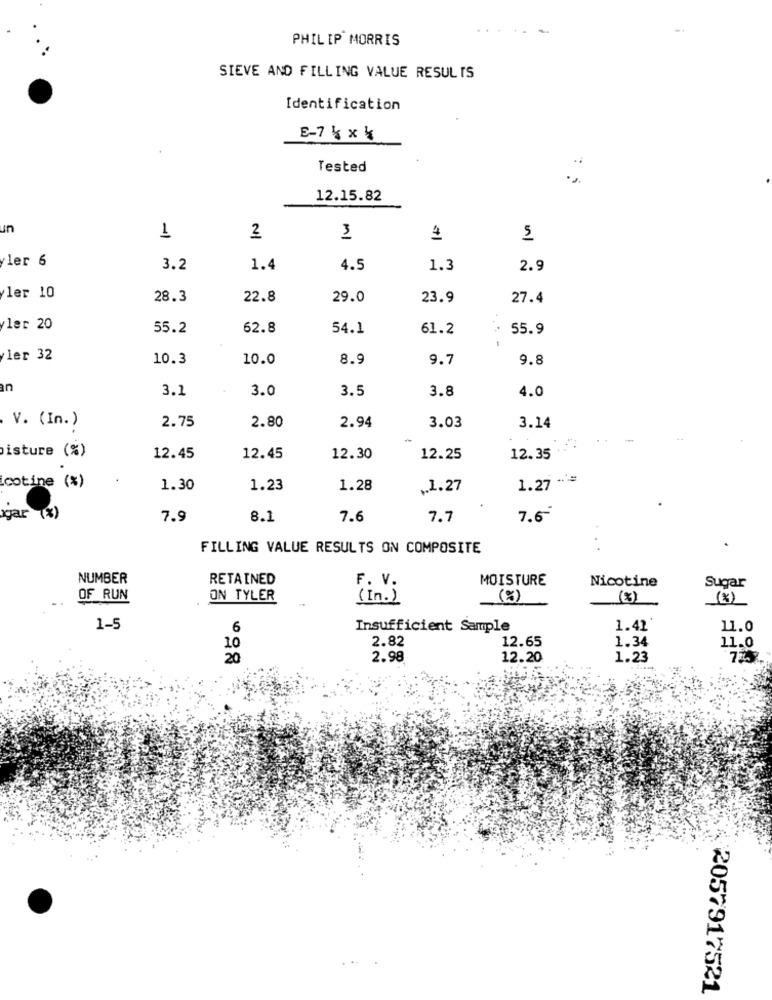
PHILIP MORRIS
SIEVE AND FILLING VALUE RESULTS
Identification
E-7 k x k
Tested
12.15.82
un
1
2
3
5
yler 6
3.2
1.4
4.5
1.3
2.9
yler 10
28.3
22.8
29.0
23.9
27.4
yler 20
55.2
62.8
54.1
61.2
. 55.9
ler 32
10.3
10.0
8.9
9.7
9.8
an
3.1
3.0
3.5
3.8
4.0
V. (In.)
2.94
2.75
2.80
3.03
3.14
isture (%)
12.45
12.45
12.30
12.25
12.35
cotine (%)
1.27
1.30
1.23
1.28
.1.27
gar (%)
7.9
8.1
7.6
7.7
7.6
FILLING VALUE RESULTS ON COMPOSITE
NUMBER
RETAINED
F. V.
MOISTURE
Nicotine
Sugar
OF RUN
ON TYLER
(In.)
(%)
(8)
(8)
1-5
6
Insufficient Sample
1.42'
11.0
2.82
12.65
1.34
11.0
10
20
2.98
12.20
1.23
2057917521